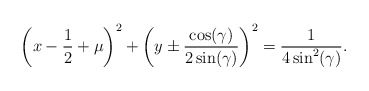
\begin{align*}\displaystyle \left(x-\frac{1}{2}+\mu\right)^2 + \left(y \pm \frac{ \cos(\gamma) }{2 \sin(\gamma)}\right)^2 = \frac{1}{4 \sin^2(\gamma)}.\end{align*}